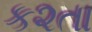
ક૨તા